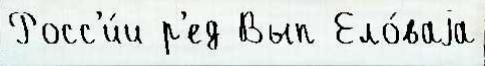
Росс'и́и р'ед Вып Ело́ваjа